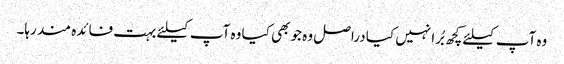
وہ آپ کیلئے کچھ بُرا نہیں کیا دراصل وہ جو بھی کیا وہ آپ کیلئے بہت فائدہ مند رہا۔